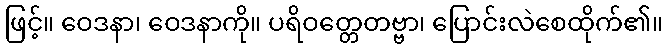
ဖြင့်။ ဝေဒနာ၊ ဝေဒနာကို။ ပရိဝတ္တေတဗ္ဗာ၊ ပြောင်းလဲစေထိုက်၏။